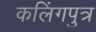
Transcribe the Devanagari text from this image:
कलिंगपुत्र